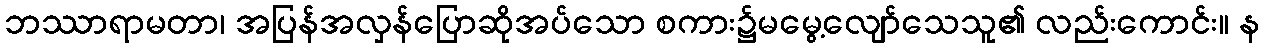
ဘဿာရာမတာ၊ အပြန်အလှန်ပြောဆိုအပ်သော စကား၌မမွေ့လျော်သေသူ၏ လည်းကောင်း။ န